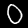
Label: 0